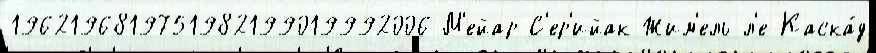
1962196819751982199019992006 М'ейар С'ер'ийак Жим'ель-л'е-Каска́д